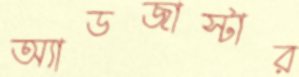
অ্যাডজাস্টার